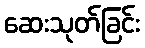
ဆေးသုတ်ခြင်း